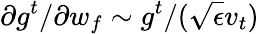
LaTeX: \partial g^{t}/\partial w_{f}\sim g^{t}/(\sqrt{\epsilon}v_{t})